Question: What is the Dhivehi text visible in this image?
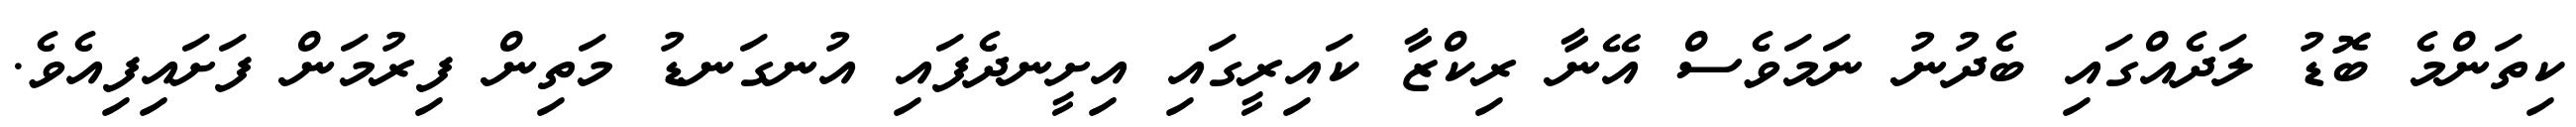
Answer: ކިތަންމެ ބޮޑު ލަދެއްގައި ބެދުނު ނަމަވެސް އޭނާ ރިކްޒާ ކައިރީގައި އިށީނދެފައި އުނގަނޑު މަތިން ފިރުމަން ފަށައިފިއެވެ.